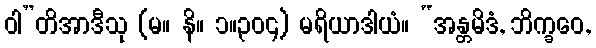
ဝါ”တိအာဒီသု (မ။ နိ။ ၁။၃၀၄) မရိယာဒါယံ။ “အန္တမိဒံ, ဘိက္ခဝေ,